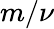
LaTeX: m/\nu